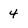
Character: 4